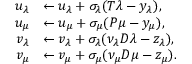
\begin{array} { r l } { u _ { \lambda } } & { \leftarrow u _ { \lambda } + \sigma _ { \lambda } ( T \lambda - y _ { \lambda } ) , } \\ { u _ { \mu } } & { \leftarrow u _ { \mu } + \sigma _ { \mu } ( P \mu - y _ { \mu } ) , } \\ { v _ { \lambda } } & { \leftarrow v _ { \lambda } + \sigma _ { \lambda } ( \nu _ { \lambda } D \lambda - z _ { \lambda } ) , } \\ { v _ { \mu } } & { \leftarrow v _ { \mu } + \sigma _ { \mu } ( \nu _ { \mu } D \mu - z _ { \mu } ) . } \end{array}